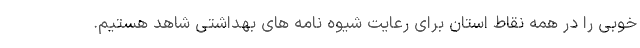
خوبی را در همه نقاط استان برای رعایت شیوه نامه های بهداشتی شاهد هستیم.